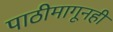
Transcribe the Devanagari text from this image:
पाठीमागूनही